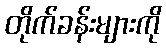
တိုက်ခန်းများကို